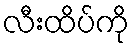
လီးထိပ်ကို